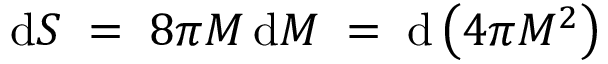
\mathrm { d } S \; = \; 8 \pi M \, \mathrm { d } M \; = \; \mathrm { d } \left( 4 \pi M ^ { 2 } \right)